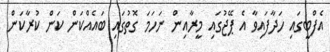
އެފްބީގައި ހަދާފައިވާ އެ ޕޭޖުގައި މީރާއިން ނަހަމަ ގޮތުގައި ބައެއްކަން ކަން ކުރާކަން